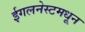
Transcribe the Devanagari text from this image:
ईगलनेस्टमधून